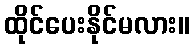
ထိုင်ပေးနိုင်မလား။